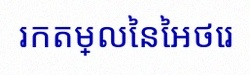
រកតម្លៃនៃអថេរ